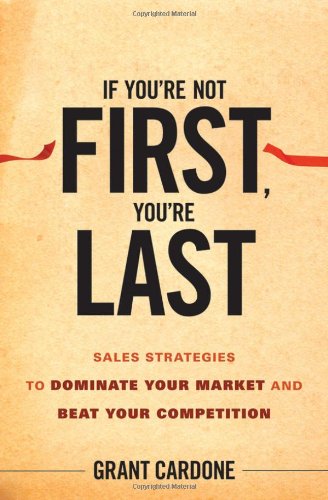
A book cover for If You're Not First, You're Last: Sales Strategies to Dominate Your Market and Beat Your Competition; Grant Cardone; Business & Money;